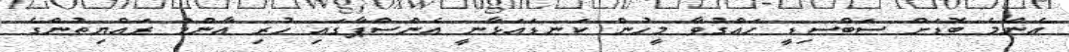
އެންމެ ބޮޑަށް ސަބްސިޑީ ހައްގުވާ މީހުން ކަނޑައަޅާނީ އެންސްޕާގައި ހުރި އާންމު ރައްޔިތުންގެ